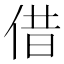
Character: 借